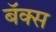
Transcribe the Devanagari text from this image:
बॅक्स